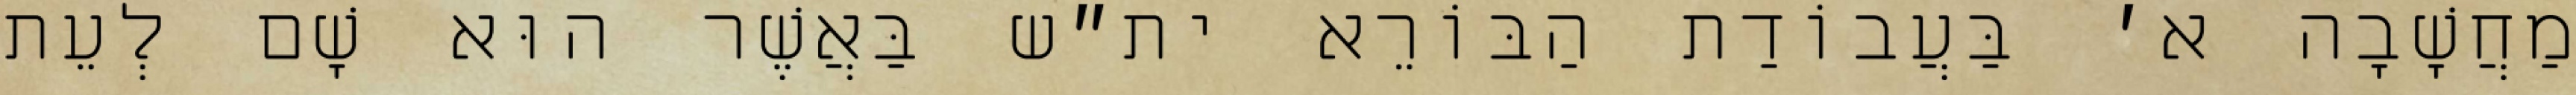
מַחֲשָׁבָה א׳ בַּעֲבוֹדַת הַבּוֹרֵא ית״ש בַּאֲשֶׁר הוּא שָׁם לְעֵת